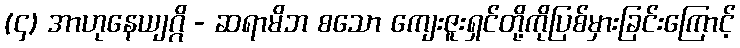
(၄) အာဟုနေယျဂ္ဂိ - ဆရာမိဘ စသော ကျေးဇူးရှင်တို့ကိုပြစ်မှားခြင်းကြောင့်